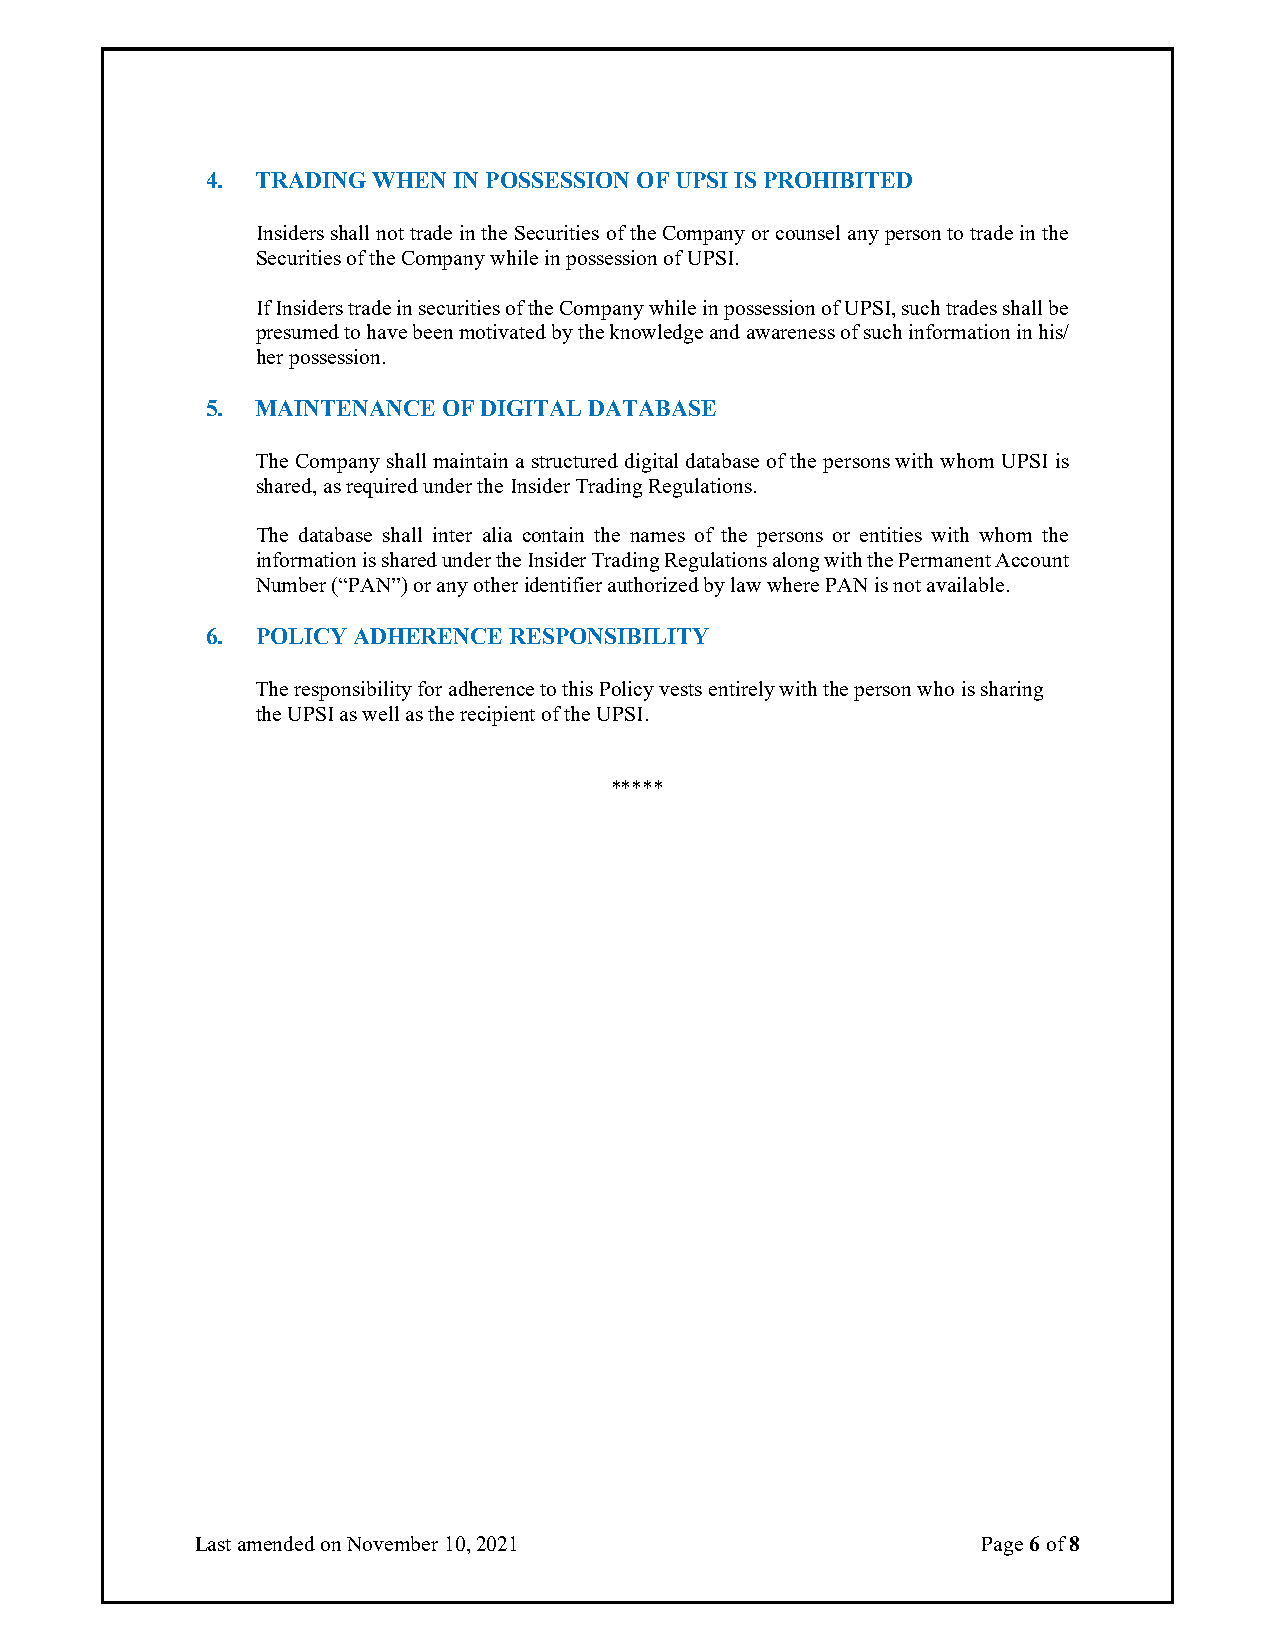
4. TRADING WHEN IN POSSESSION OF UPSI IS PROHIBITED
 Insiders shall not trade in the Securities of the Company or counsel any person to trade in the
 Securities of the Company while in possession of UPSI.
 If Insiders trade in securities of the Company while in possession of UPSI, such trades shall be
 presumed to have been motivated by the knowledge and awareness of such information in his/
 her possession.
 5. MAINTENANCE OF DIGITAL DATABASE
 The Company shall maintain a structured digital database of the persons with whom UPSI is
 shared, as required under the Insider Trading Regulations.
 The database shall inter alia contain the names of the persons or entities with whom the
 information is shared under the Insider Trading Regulations along with the Permanent Account
 Number (“PAN”) or any other identifier authorized by law where PAN is not available.
 6. POLICY ADHERENCE RESPONSIBILITY
 The responsibility for adherence to this Policy vests entirely with the person who is sharing
 the UPSI as well as the recipient of the UPSI.
 *****
 Last amended on November 10, 2021                   Page 6 of 8